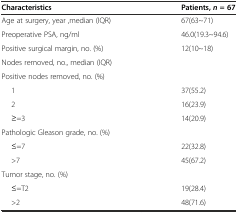
| Characteristics | Patients,n= 67 |
 | --- | --- |
 | Age at surgery, year ,median (IQR) | 67(63~71) |
 | Preoperative PSA, ng/ml | 46.0(19.3~94.6) |
 | Positive surgical margin, no. (%) | 12(10~18) |
 | Nodes removed, no., median (IQR) |  |
 | Positive nodes removed, no. (%) |  |
 | 1 | 37(55.2) |
 | 2 | 16(23.9) |
 | ≥=3 | 14(20.9) |
 | Pathologic Gleason grade, no. (%) |  |
 | ≤=7 | 22(32.8) |
 | >7 | 45(67.2) |
 | Tumor stage, no. (%) |  |
 | ≤=T2 | 19(28.4) |
 | >2 | 48(71.6) |